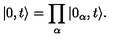
\vert 0 , t \rangle = \prod _ { \alpha } \vert 0 _ { \alpha } , t \rangle .